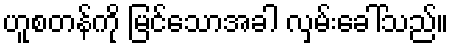
ဟူစတန်ကို မြင်သောအခါ လှမ်းခေါ်သည်။